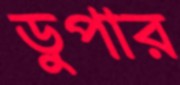
ডুপার